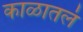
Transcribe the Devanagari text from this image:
काळातलं